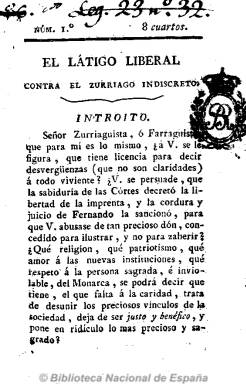
Título: El Látigo liberal contra el Zurriago indiscreto
Colección: Periódicos anteriores a 1850
Ámbito geográfico: Madrid
Lugar de publicación: Madrid
Fechas: 01/01/1821-31/12/1821

Subtitulado “periódico”, pretende contrarrestar el efecto de la crítica antigubernamental del liberal comunero El zurriago, tal como señala Iris M. Zavala. Con igual aspecto material que este, en números asimismo de mínimo tamaño, de 16 páginas, con epígrafes o secciones similares y también escrito en prosa y en verso, es editado por un liberal moderado antes afrancesado, a juicio de Ángel Romera, que en uno de sus números dice ser “paisano” de uno de los editores de El zurriago, el comunero y más tarde carbonario Félix Mejía (1778-1853). Ya en su primer número, el editor de El látigo liberal… señala que su “casa es de Dios, de la Patria, de la Constitución y del Rey”, y dedicará gran parte de sus contenidos a criticar el periódico que se había convertido en el más destacado y popular del Trienio Liberal. También sin periodicidad fija, son editados un total de 30 números de este título, numerados pero sin indicar fecha, estampados en la Imprenta de la Viuda de Aznar, a cargo de José Pío León. Apareció entre 1821 y 1822.